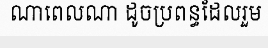
ណាពេលណា ដូចប្រពន្ធដែលរួម